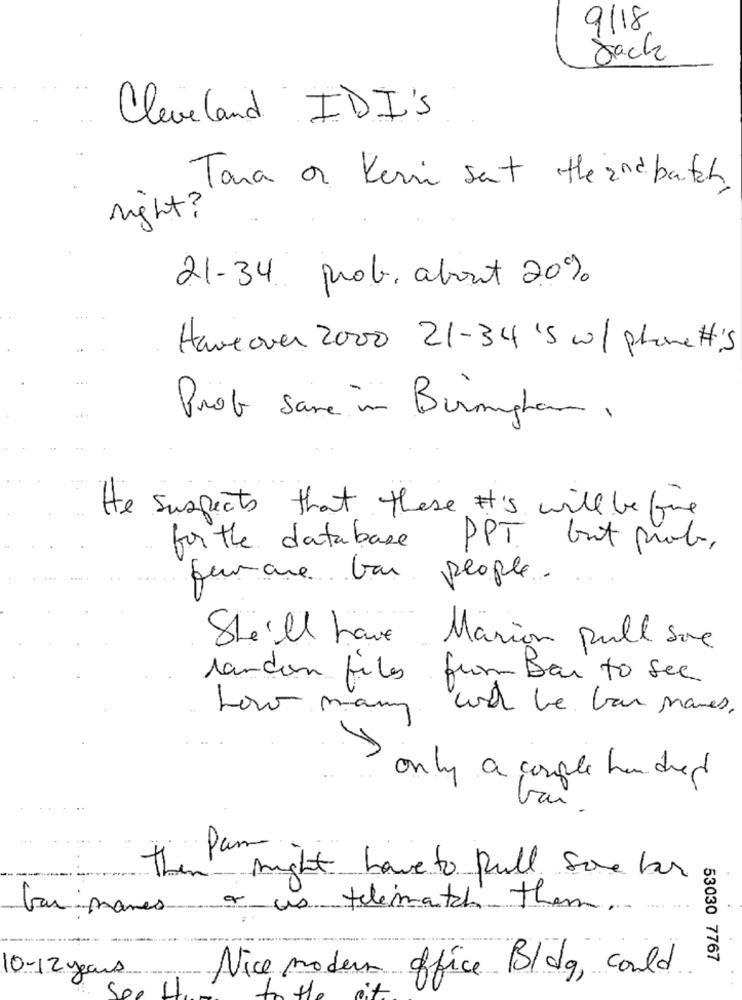
9/18
Jack
Cleveland IDI'S
Toma or Kerin sent the and batch
right?
21-34 prob. about 20%
Haveover 2000 21-34'5 w/ phone #'s
Prof same in Birmingham ,
He suspects that these His will be fine
for the database PPT. but prob,
fumare var people.
..
She'll have Marion pull sove
randon files from Bar to see
we be ban names .
how many
only a couple hundred
Pam
the
might have to pull sove las
bar names
as telematch them.
53030 7767
Nice modern office Blog, could
10-12 years
Sp